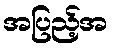
အပြည့်အ